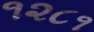
૧૨૮૧